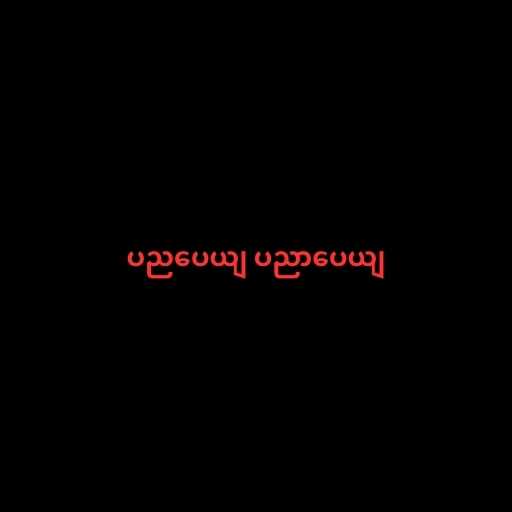
ပညပေယျ ပညာပေယျ